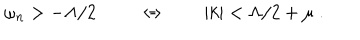
\omega _ { n } > - \Lambda / 2 \ \qquad \Leftrightarrow \qquad | k | < \Lambda / 2 + \mu \ .